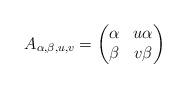
LaTeX: \begin{align*}A_{\alpha,\beta,u,v} = \begin{pmatrix}\alpha & u\alpha \\\beta & v\beta\end{pmatrix}\end{align*}